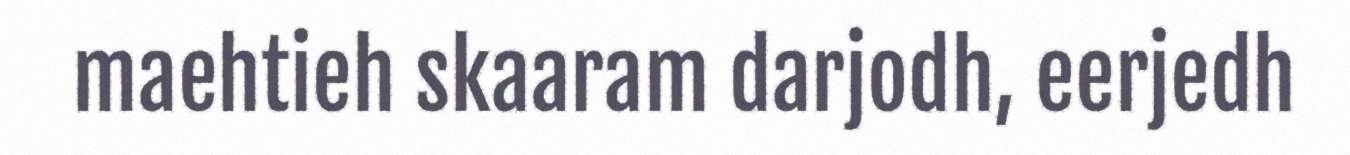
maehtieh skaaram darjodh, eerjedh